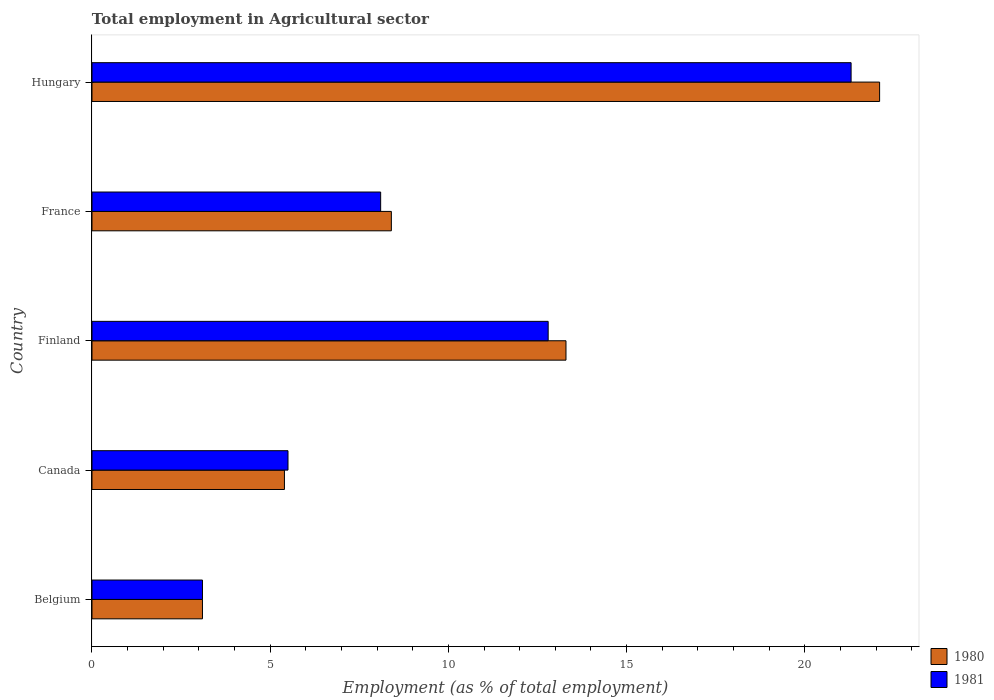
| Country | 1980 | 1981 |
 | --- | --- | --- |
 | Belgium | 3.1 | 3.1 |
 | Canada | 5.4 | 5.5 |
 | Finland | 13.3 | 12.8 |
 | France | 8.4 | 8.1 |
 | Hungary | 22.1 | 21.3 |